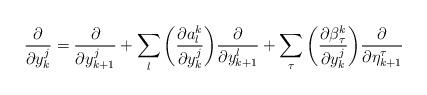
LaTeX: \begin{align*}\frac {\partial} {\partial y^j_k} = \frac {\partial} {\partial y^j_{k+1}} + \sum_l \bigg(\frac {\partial a^k_l} {\partial y^j_k} \bigg) \frac {\partial} {\partial y^l_{k+1}} + \sum_\tau \bigg(\frac {\partial \beta^k_\tau} {\partial y^j_k} \bigg) \frac {\partial} {\partial \eta^\tau_{k+1}}\end{align*}